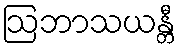
ဩဘာသယန္တီ